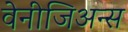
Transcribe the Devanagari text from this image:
वेनीजिअन्स